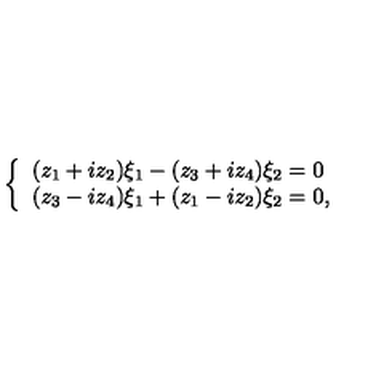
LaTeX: \left\{ \begin{array} { l } { ( z _ { 1 } + i z _ { 2 } ) \xi _ { 1 } - ( z _ { 3 } + i z _ { 4 } ) \xi _ { 2 } = 0 } \\ { ( z _ { 3 } - i z _ { 4 } ) \xi _ { 1 } + ( z _ { 1 } - i z _ { 2 } ) \xi _ { 2 } = 0 , } \\ \end{array} \right.